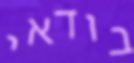
בודאי